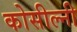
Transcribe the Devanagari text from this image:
कोसील्नी